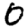
Digit: 0